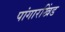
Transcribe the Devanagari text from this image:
पांगारखिंड